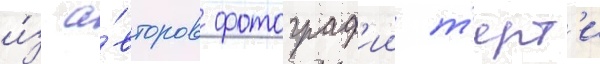
и́з а́второв фотограф'ии т'ерт'и